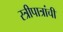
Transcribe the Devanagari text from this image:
स्त्रीपात्रांची